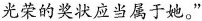
光荣的奖状应当属于她。”